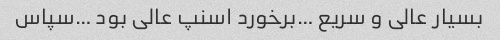
بسیار عالی و سریع …برخورد اسنپ عالی بود …سپاس